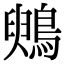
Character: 𪃪